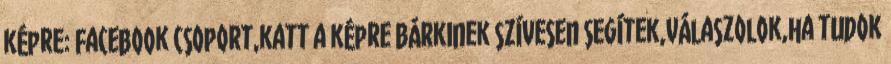
képre: Facebook csoport,katt a képre Bárkinek szívesen segítek,válaszolok,ha tudok